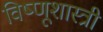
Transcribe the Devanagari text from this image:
विष्णूशास्त्री